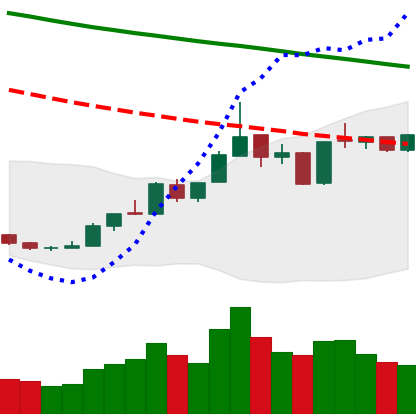
Ticker: ETH-USD
Chart end date: 2019-01-01
Forward return: 12.02%
Label: up_7plus